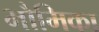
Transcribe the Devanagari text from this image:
भौमिका